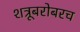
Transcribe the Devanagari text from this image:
शत्रूबरोबरच